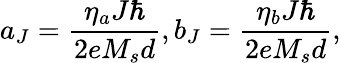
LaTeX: a_{J}=\frac{\eta_{a}J\hbar}{2eM_{s}d},b_{J}=\frac{\eta_{b}J\hbar}{2eM_{s}d},